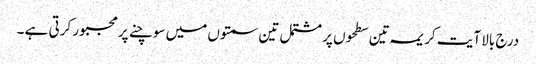
درج بالا آیت کریمہ تین سطحوں پر مشتمل تین سمتوں میں سوچنے پر مجبور کرتی ہے ۔